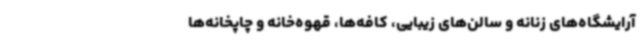
آرایشگاه‌های زنانه و سالن‌های زیبایی، کافه‌ها، قهوه‌خانه و چاپخانه‌ها